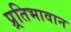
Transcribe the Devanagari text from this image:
प्र्रतिभावान